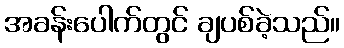
အခန်းပေါက်တွင် ချပစ်ခဲ့သည်။